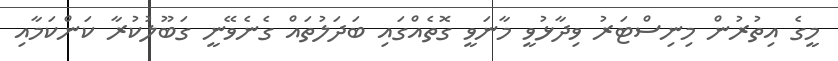
މީގެ އިތުރުން މިނިސްޓަރު ވިދާޅުވީ މާނަވީ ގޮތެއްގައި ބަދަލުތައް ގެނެވޭނީ ގަބޫލުކުރާ ކަންކަމާއި